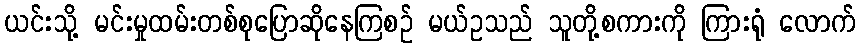
ယင်းသို့ မင်းမှုထမ်းတစ်စုပြောဆိုနေကြစဉ် မယ်ဥသည် သူတို့စကားကို ကြားရုံ လောက်